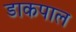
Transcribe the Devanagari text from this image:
डाकपाल